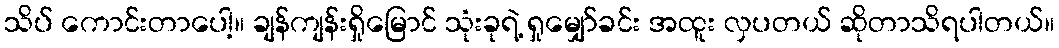
သိပ် ကောင်းတာပေါ့။ ချန်ကျန်းရှိုမြောင် သုံးခုရဲ့ ရှုမျှော်ခင်း အထူး လှပတယ် ဆိုတာသိရပါတယ်။